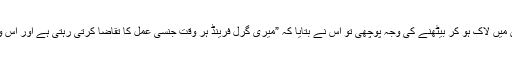
پولیس آفیسرز نے آ کر کرسٹیان سے گاڑی میں لاک ہو کر بیٹھنے کی وجہ پوچھی تو اس نے بتایا کہ ”میری گرل فرینڈ ہر وقت جنسی عمل کا تقاضا کرتی رہتی ہے اور اس وقت ہمارے اپارٹمنٹ میں شدید گرمی تھی۔